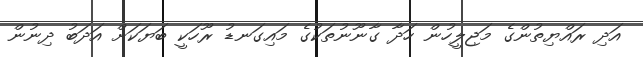
އަދި ރައްޔިތުންގެ މަޖިލީހުން ހަދާ ގާނޫނުތަކުގެ މައިގަނޑު ރޫހަކީ ބަޔަކަށް އަދަބު ދިނުން